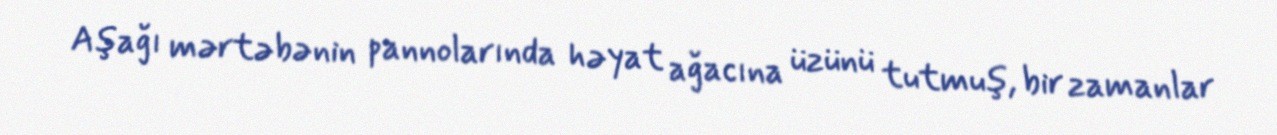
Aşağı mərtəbənin pannolarında həyat ağacına üzünü tutmuş, bir zamanlar